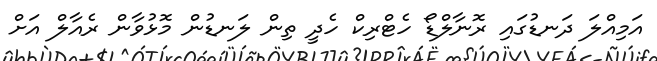
އަމިއްލަ ދަނޑުގައި ރޮނާލްޑޯ ހެޓްރިކް ހެދީ ތިން ލަނޑުން މޮޅުވާން ރެއާލް އަށް